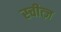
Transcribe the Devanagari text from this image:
स्चीत्ज़